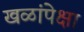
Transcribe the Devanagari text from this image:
खळांपेक्षा